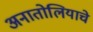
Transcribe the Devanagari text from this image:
अनातोलियाचे